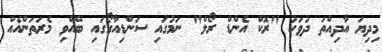
މިދިޔަ އާދިއްތަ ދުވަހު "ރޮކް އެންޑް ރޯލް" ނަމުގައި ސަންޑިއާގޯގައި ބޭއްވި މެރަތަންއެއް